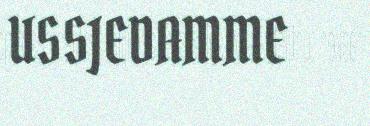
USSJEDAMME